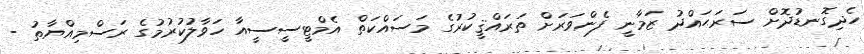
ހެދިގޮނޑުދޮށް ސަރަޙައްދު ޒަމާނީ ފެންވަރަށް ތަރައްޤީކުރުގެ މަސައްކަތް އެމްޓީސީސީއާ ހަވާލުކުރުމުގެ ރަސްމިއްޔާތު -